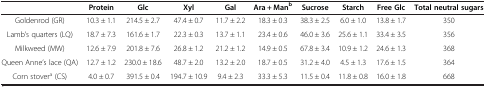
<table><thead><tr><td><b> </b></td><td><b>Protein</b></td><td><b>Glc</b></td><td><b>Xyl</b></td><td><b>Gal</b></td><td><b>Ara + Man<sup>b</sup></b></td><td><b>Sucrose</b></td><td><b>Starch</b></td><td><b>Free Glc</b></td><td><b>Total neutral sugars</b></td></tr></thead><tbody><tr><td>Goldenrod (GR)</td><td>10.3 ± 1.1</td><td>214.5 ± 2.7</td><td>47.4 ± 0.7</td><td>11.7 ± 2.2</td><td>18.3 ± 0.3</td><td>38.3 ± 2.5</td><td>6.0 ± 1.0</td><td>13.8 ± 1.7</td><td>350</td></tr><tr><td>Lamb’s quarters (LQ)</td><td>18.7 ± 7.3</td><td>161.6 ± 1.7</td><td>22.3 ± 0.3</td><td>13.7 ± 1.1</td><td>23.4 ± 0.6</td><td>46.0 ± 3.6</td><td>25.6 ± 1.1</td><td>33.4 ± 3.5</td><td>356</td></tr><tr><td>Milkweed (MW)</td><td>12.6 ± 7.9</td><td>201.8 ± 7.6</td><td>26.8 ± 1.2</td><td>21.2 ± 1.2</td><td>14.9 ± 0.5</td><td>67.8 ± 3.4</td><td>10.9 ± 1.2</td><td>24.6 ± 1.3</td><td>368</td></tr><tr><td>Queen Anne’s lace (QA)</td><td>12.7 ± 1.2</td><td>230.0 ± 18.6</td><td>48.7 ± 2.0</td><td>13.2 ± 2.0</td><td>18.7 ± 0.5</td><td>31.2 ± 4.0</td><td>4.5 ± 1.3</td><td>17.6 ± 1.5</td><td>364</td></tr><tr><td>Corn stover<sup>a</sup> (CS)</td><td>4.0 ± 0.7</td><td>391.5 ± 0.4</td><td>194.7 ± 10.9</td><td>9.4 ± 2.3</td><td>33.3 ± 5.3</td><td>11.5 ± 0.4</td><td>11.8 ± 0.8</td><td>16.0 ± 1.8</td><td>668</td></tr></tbody></table>